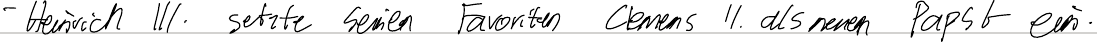
- Heinrich III. setzte seinen Favoriten Clemens II. als neuen Papst ein.